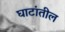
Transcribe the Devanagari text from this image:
घाटांतील